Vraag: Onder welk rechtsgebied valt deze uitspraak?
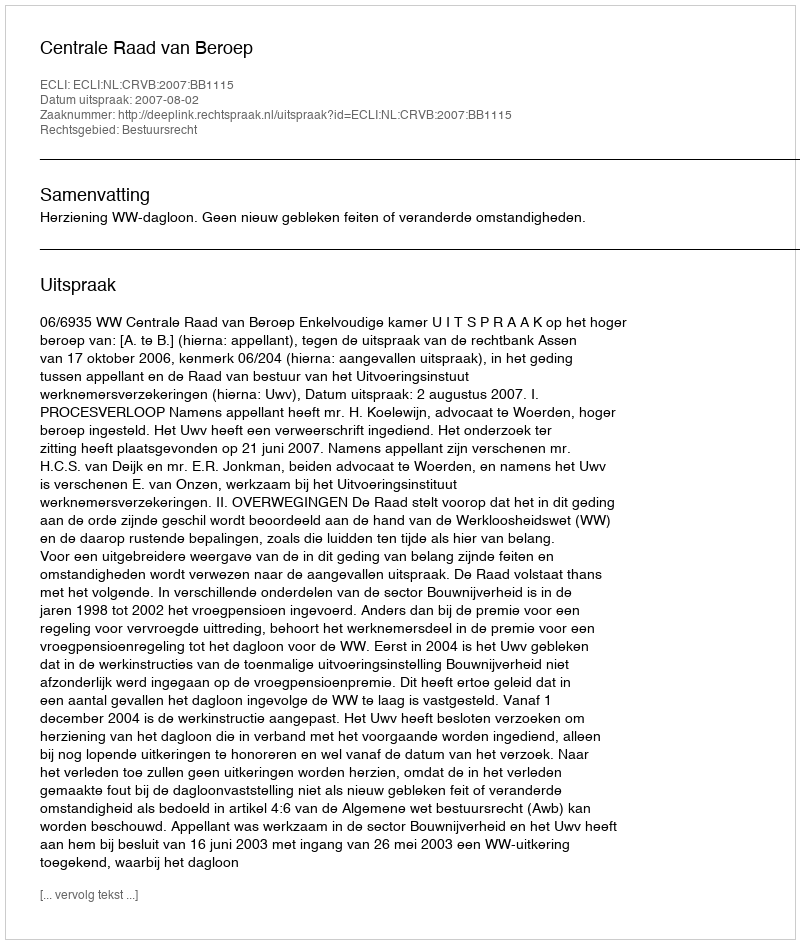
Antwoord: Bestuursrecht